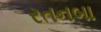
રતનબા